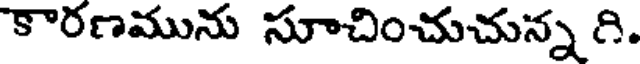
కారణమును సూచించుచున్న గి.